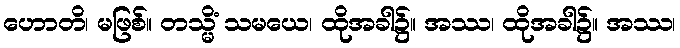
ဟောတိ၊ မဖြစ်။ တသ္မိံ သမယေ၊ ထိုအခါ၌။ အဿ၊ ထိုအခါ၌။ အဿ၊